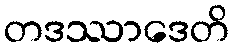
တဒဿာဒေတိ